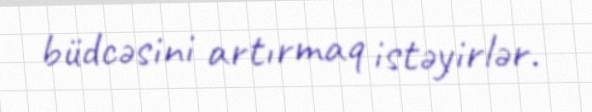
büdcəsini artırmaq istəyirlər.